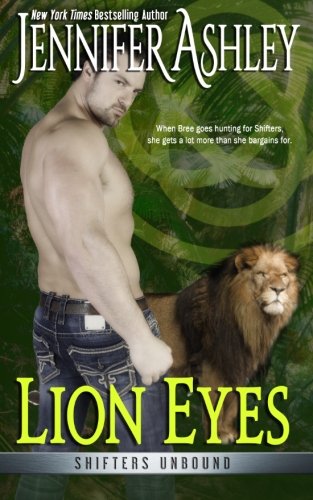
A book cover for Lion Eyes: Shifters Unbound; Jennifer Ashley; Romance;